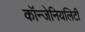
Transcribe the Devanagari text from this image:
कॉन्जेनियलिटी